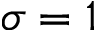
\sigma = 1